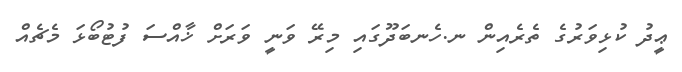
ޢީދު ކުޅިވަރުގެ ތެރެއިން ނ.ހެނބަދޫގައި މިރޭ ވަނީ ވަރަށް ޚާއްސަ ފުޓުބޯޅަ މެޗެއް